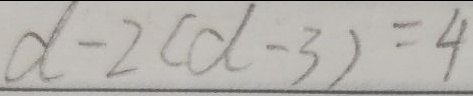
d - 2 ( d - 3 ) = 4